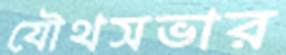
যৌথসভার